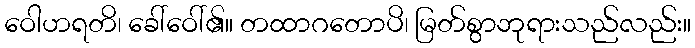
ဝေါဟရတိ၊ ခေါ်ဝေါ်၏။ တထာဂတောပိ၊ မြတ်စွာဘုရားသည်လည်း။